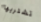
تشتريها